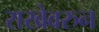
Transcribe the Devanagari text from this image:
राखेवरुन